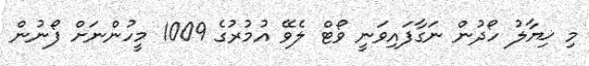
މި ޚިޔާލު ހޯދުން ނަގާފައިވަނީ ވޯޓް ލެވޭ އުމުރުގެ 1009 މީހުންނަށް ފޯނުން